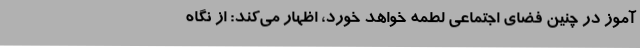
آموز در چنین فضای اجتماعی لطمه خواهد خورد، اظهار می‌کند: از نگاه